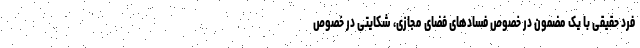
فرد حقیقی با یک مضمون در خصوص فسادهای فضای مجازی، شکایتی در خصوص